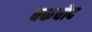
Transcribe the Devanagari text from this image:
बकचोद